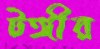
টঙ্গীর